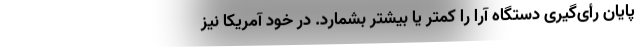
پایان رأی‌گیری دستگاه آرا را کمتر یا بیشتر بشمارد. در خود آمریکا نیز